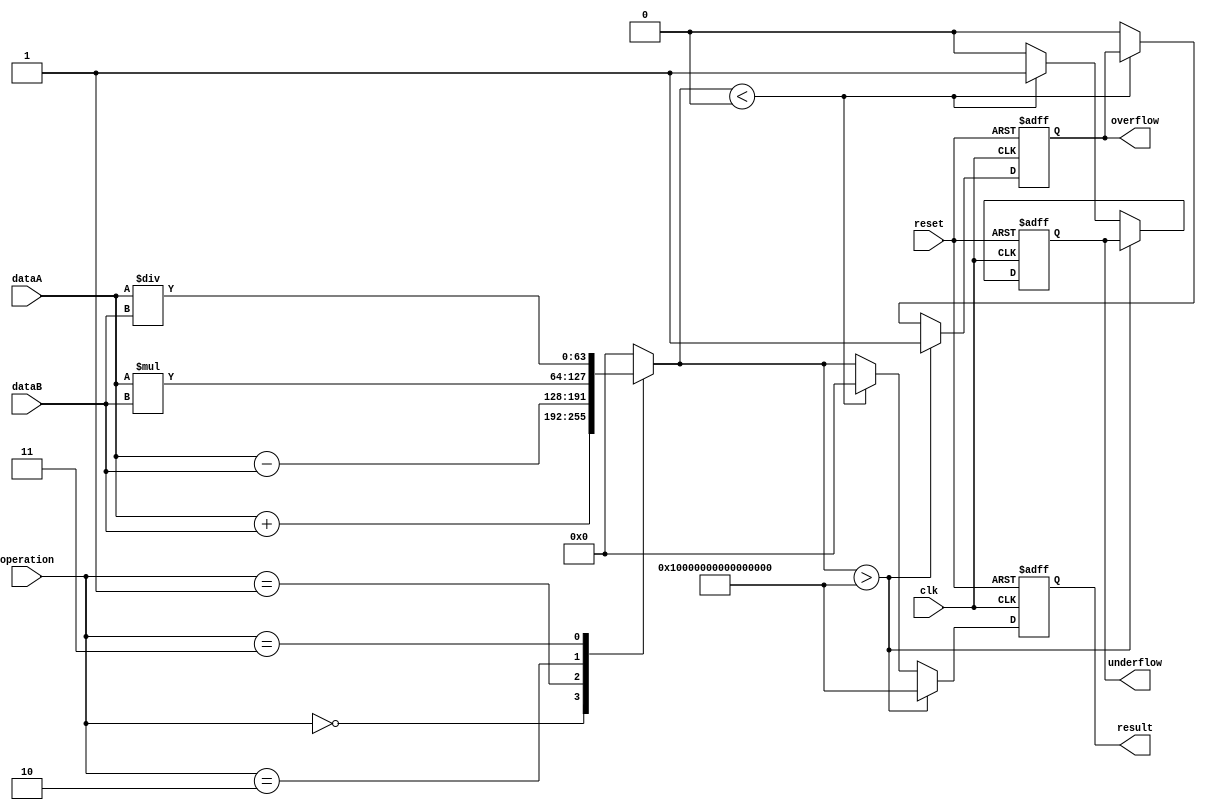
module TriplePrecisionFloatUnit (
    input wire clk,
    input wire reset,
    input wire [63:0] dataA,
    input wire [63:0] dataB,
    input wire [2:0] operation, // 0-Add, 1-Subtract, 2-Multiply, 3-Divide
    output reg [63:0] result,
    output reg overflow,
    output reg underflow
);

// Internal registers for intermediate calculations
reg [63:0] intermediateResult;

always @(posedge clk or posedge reset) begin
    if (reset) begin
        result <= 64'b0;
        overflow <= 1'b0;
        underflow <= 1'b0;
    end
    
    else begin
        case(operation)
            3'b000: intermediateResult = dataA + dataB; // Addition
            3'b001: intermediateResult = dataA - dataB; // Subtraction
            3'b010: intermediateResult = dataA * dataB; // Multiplication
            3'b011: intermediateResult = dataA / dataB; // Division
            default: intermediateResult = 64'b0; // Unsupported operation
        endcase
        
        // Check for overflow
        if (intermediateResult > 64'hFFFFFFFFFFFFFFFF) begin
            overflow <= 1'b1;
            result <= 64'hFFFFFFFFFFFFFFFF;
        end 
        
        // Check for underflow
        else if (intermediateResult < 64'h0000000000000000) begin
            underflow <= 1'b1;
            result <= 64'h0000000000000000;
        end
        
        else begin
            overflow <= 1'b0;
            underflow <= 1'b0;
            result <= intermediateResult;
        end
    end
end

endmodule